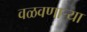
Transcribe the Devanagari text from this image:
वळवणाऱ्या